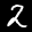
Label: 2